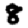
Digit: 8